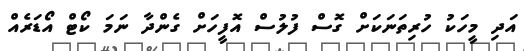
އަދި މީހަކު ހުރިތަނަކަށް ގޮސް ފުލުސް އޮފީހަށް ގެންދާ ނަމަ ކޯޓް އޯޑަރެއް